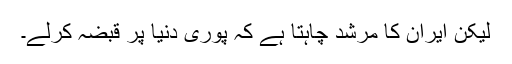
لیکن ایران کا مرشد چاہتا ہے کہ پورى دنیا پر قبضہ کرلے۔